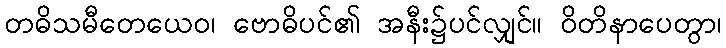
တဓိသမီတေယေဝ၊ ဗောဓိပင်၏ အနီး၌ပင်လျှင်။ ဝိတိနာပေတွာ၊